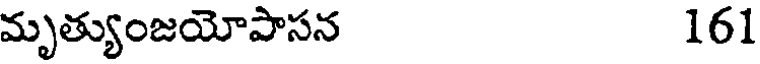
మృత్యుంజయోపాసన 161